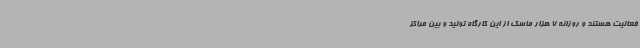
فعالیت هستند و روزانه 7 هزار ماسک از این کارگاه تولید و بین مراکز